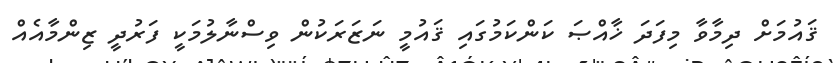
ޤައުމަށް ދިމާވާ މިފަދަ ޚާއްޞަ ކަންކަމުގައި ޤައުމީ ނަޒަރަކުން ވިސްނާލުމަކީ ފަރުދީ ޒިންމާއެއް